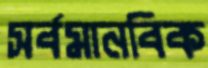
সর্বমানবিক